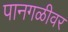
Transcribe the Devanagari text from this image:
पानगळीवर